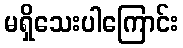
မရှိသေးပါကြောင်း